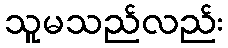
သူမသည်လည်း